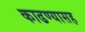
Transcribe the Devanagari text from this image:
काढण्यासह